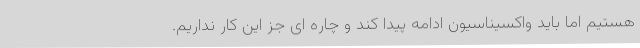
هستیم اما باید واکسیناسیون ادامه پیدا کند و چاره ای جز این کار نداریم.